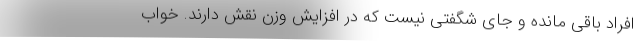
افراد باقی مانده و جای شگفتی نیست که در افزایش وزن نقش دارند. خواب